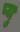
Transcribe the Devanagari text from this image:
प्यु